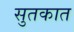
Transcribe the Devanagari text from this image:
सुतकात